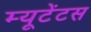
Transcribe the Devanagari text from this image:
म्यूटेंटस